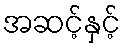
အဆင့်နှင့်